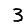
Digit: 3